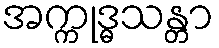
အက္ကုဒ္ဓသန္တာ